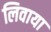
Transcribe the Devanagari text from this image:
लिवाया